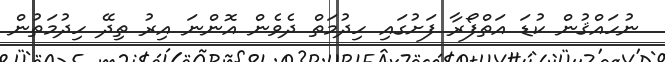
ނުހައްޤުން ކުޑަ އަތްފޯރާ ފަށުގައި ހިދުމަތް ދެވެން އޮންނަ އިރު ތިދޭ ހިދުމަތުން